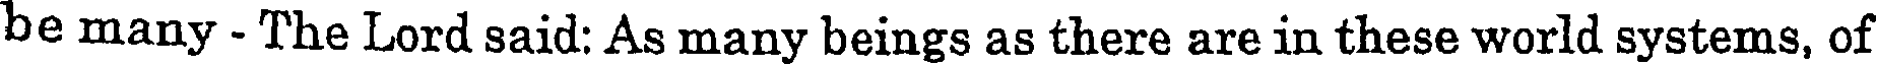
be many - The Lord said: As many beings as there are in these world systems, of